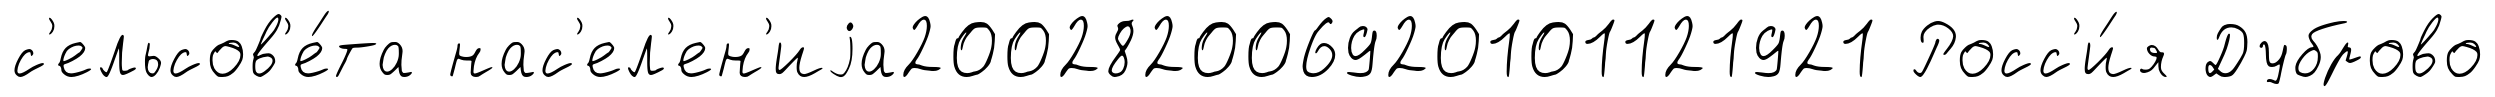
с'ельсов'е́та нас'ел'ен'иjа200282006920101121921 Росс'и́я Дуброво